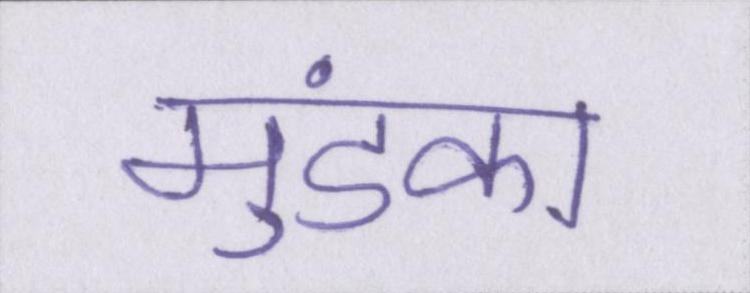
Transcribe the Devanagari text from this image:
मुंडका